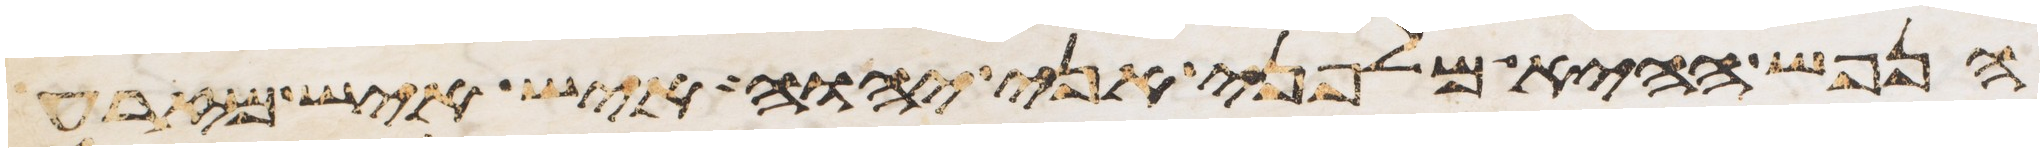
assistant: הנפש ההיא מלפני אני יהוה איש איש מזרע